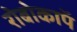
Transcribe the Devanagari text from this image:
रोबोकाॅप